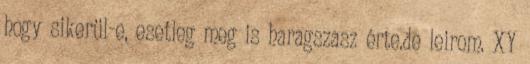
hogy sikerül-e, esetleg meg is haragszasz érte.de leirom. XY